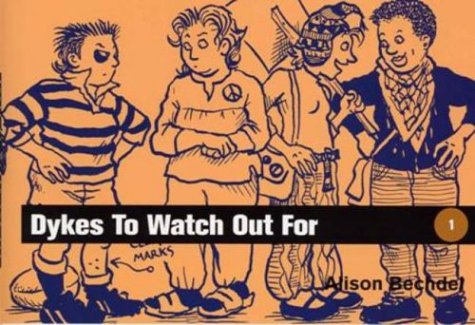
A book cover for Dykes to Watch Out for: Cartoons; Alison Bechdel; Comics & Graphic Novels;